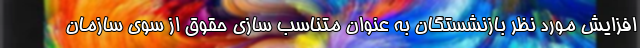
افزایش مورد نظر بازنشستگان به عنوان متناسب سازی حقوق از سوی سازمان